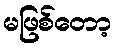
မဖြစ်တော့